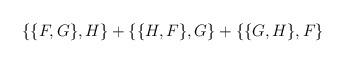
LaTeX: \begin{align*}\{ \{ F,G \} ,H \} +\{ \{ H,F \} ,G \} +\{ \{ G,H \} ,F \}\end{align*}